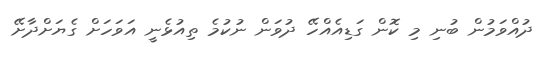
ދުއްވަމުން ބުނި މި ކޮން ގަޑިއެއްހޭ ދުވަން ނުކުމެ ތިއުޅެނީ އަވަހަށް ގެޔަށްދާށޭ